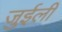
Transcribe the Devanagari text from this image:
जुईली